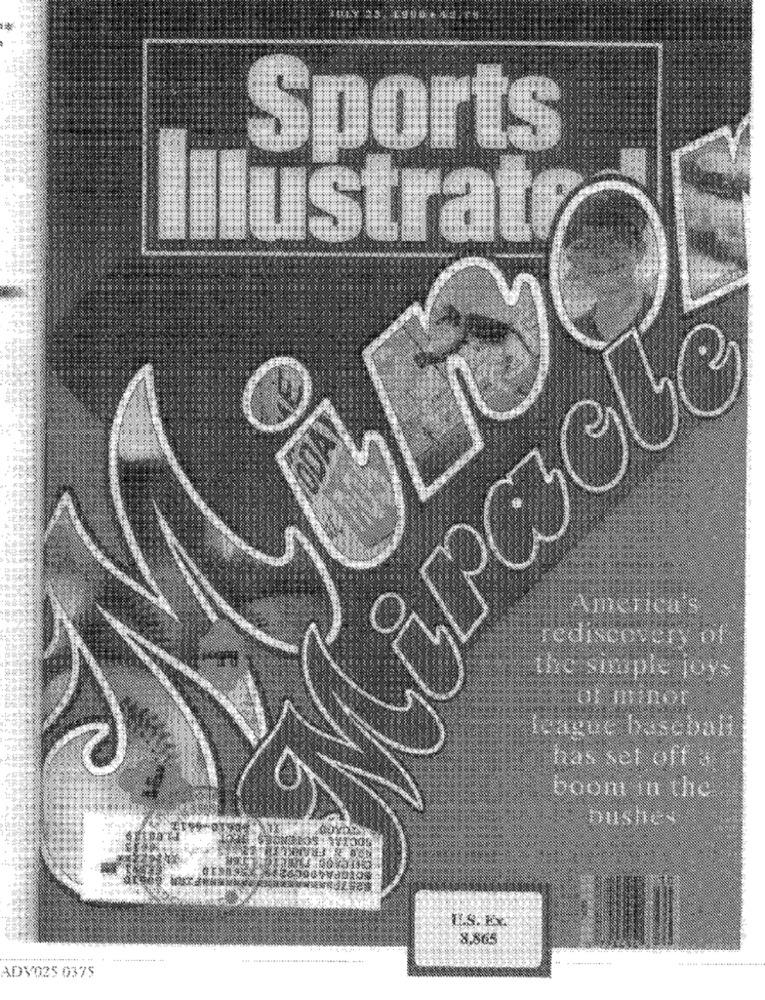
Sports
Ilustraty
irack
America's
rediscover, of
the simple joys
league baseball
has set off :
boom in the
bushes
8.86
ADV025 0375